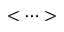
< \cdots >